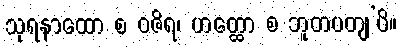
သုရနာထော စ ဝဇိရ၊ ဟတ္ထော စ ဘူတပတျ’ပိ။